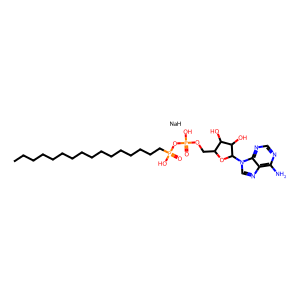
SMILES: CCCCCCCCCCCCCCCCP(=O)(O)OP(=O)(O)OCC1OC(n2cnc3c(N)ncnc32)C(O)C1O.[NaH]
Inhibits HIV replication: No